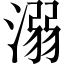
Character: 溺